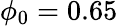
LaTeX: \phi_{0}=0.65